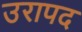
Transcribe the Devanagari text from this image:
उरापद